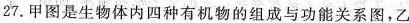
27.甲图是生物体内四种有机物的组成与功能关系图，乙